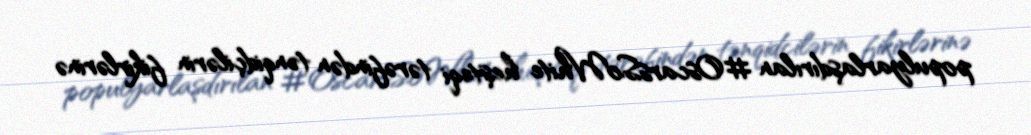
populyarlaşdırılan #OscarsSoWhite heşteqi tərəfindən tənqidçilərin fikirlərinə